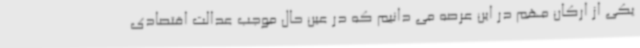
یکی از ارکان مهم در این عرصه می دانیم که در عین حال موجب عدالت اقتصادی